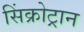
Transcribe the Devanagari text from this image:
सिंक्रोट्रान